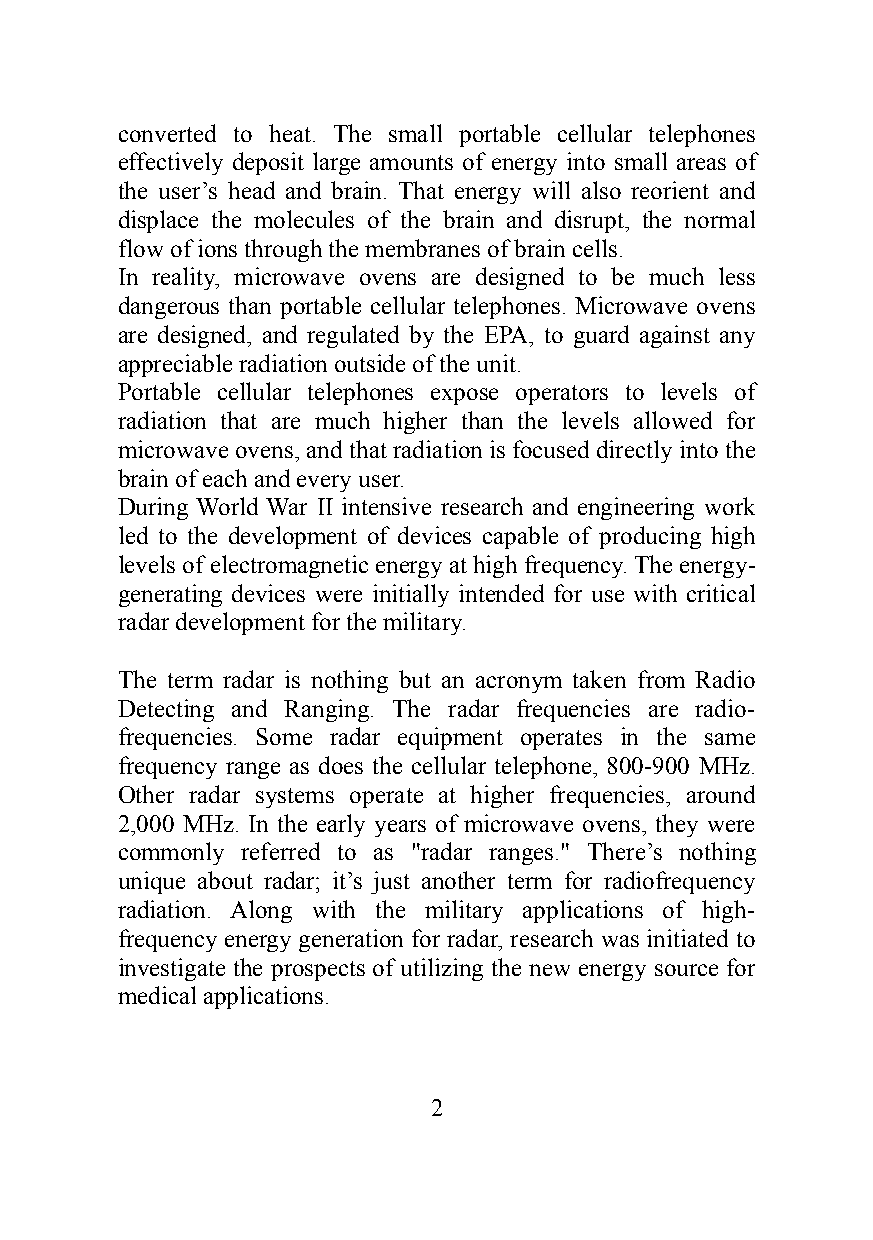
converted to heat. The small portable cellular telephones
 effectively deposit large amounts of energy into small areas of
 the user’s head and brain. That energy will also reorient and
 displace the molecules of the brain and disrupt, the normal
 flow of ions through the membranes of brain cells.
 In reality, microwave ovens are designed to be much less
 dangerous than portable cellular telephones. Microwave ovens
 are designed, and regulated by the EPA, to guard against any
 appreciable radiation outside of the unit.
 Portable cellular telephones expose operators to levels of
 radiation that are much higher than the levels allowed for
 microwave ovens, and that radiation is focused directly into the
 brain of each and every user.
 During World War II intensive research and engineering work
 led to the development of devices capable of producing high
 levels of electromagnetic energy at high frequency. The energy-
 generating devices were initially intended for use with critical
 radar development for the military.
 The term radar is nothing but an acronym taken from Radio
 Detecting and Ranging. The radar frequencies are radio-
 frequencies. Some radar equipment operates in the same
 frequency range as does the cellular telephone, 800-900 MHz.
 Other radar systems operate at higher frequencies, around
 2,000 MHz. In the early years of microwave ovens, they were
 commonly referred to as "radar ranges." There’s nothing
 unique about radar; it’s just another term for radiofrequency
 radiation. Along with the military applications of high-
 frequency energy generation for radar, research was initiated to
 investigate the prospects of utilizing the new energy source for
 medical applications.
 2